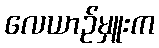
လေယာဉ်မှူးက